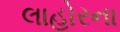
લાહોરના